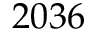
2 0 3 6